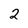
Character: 2